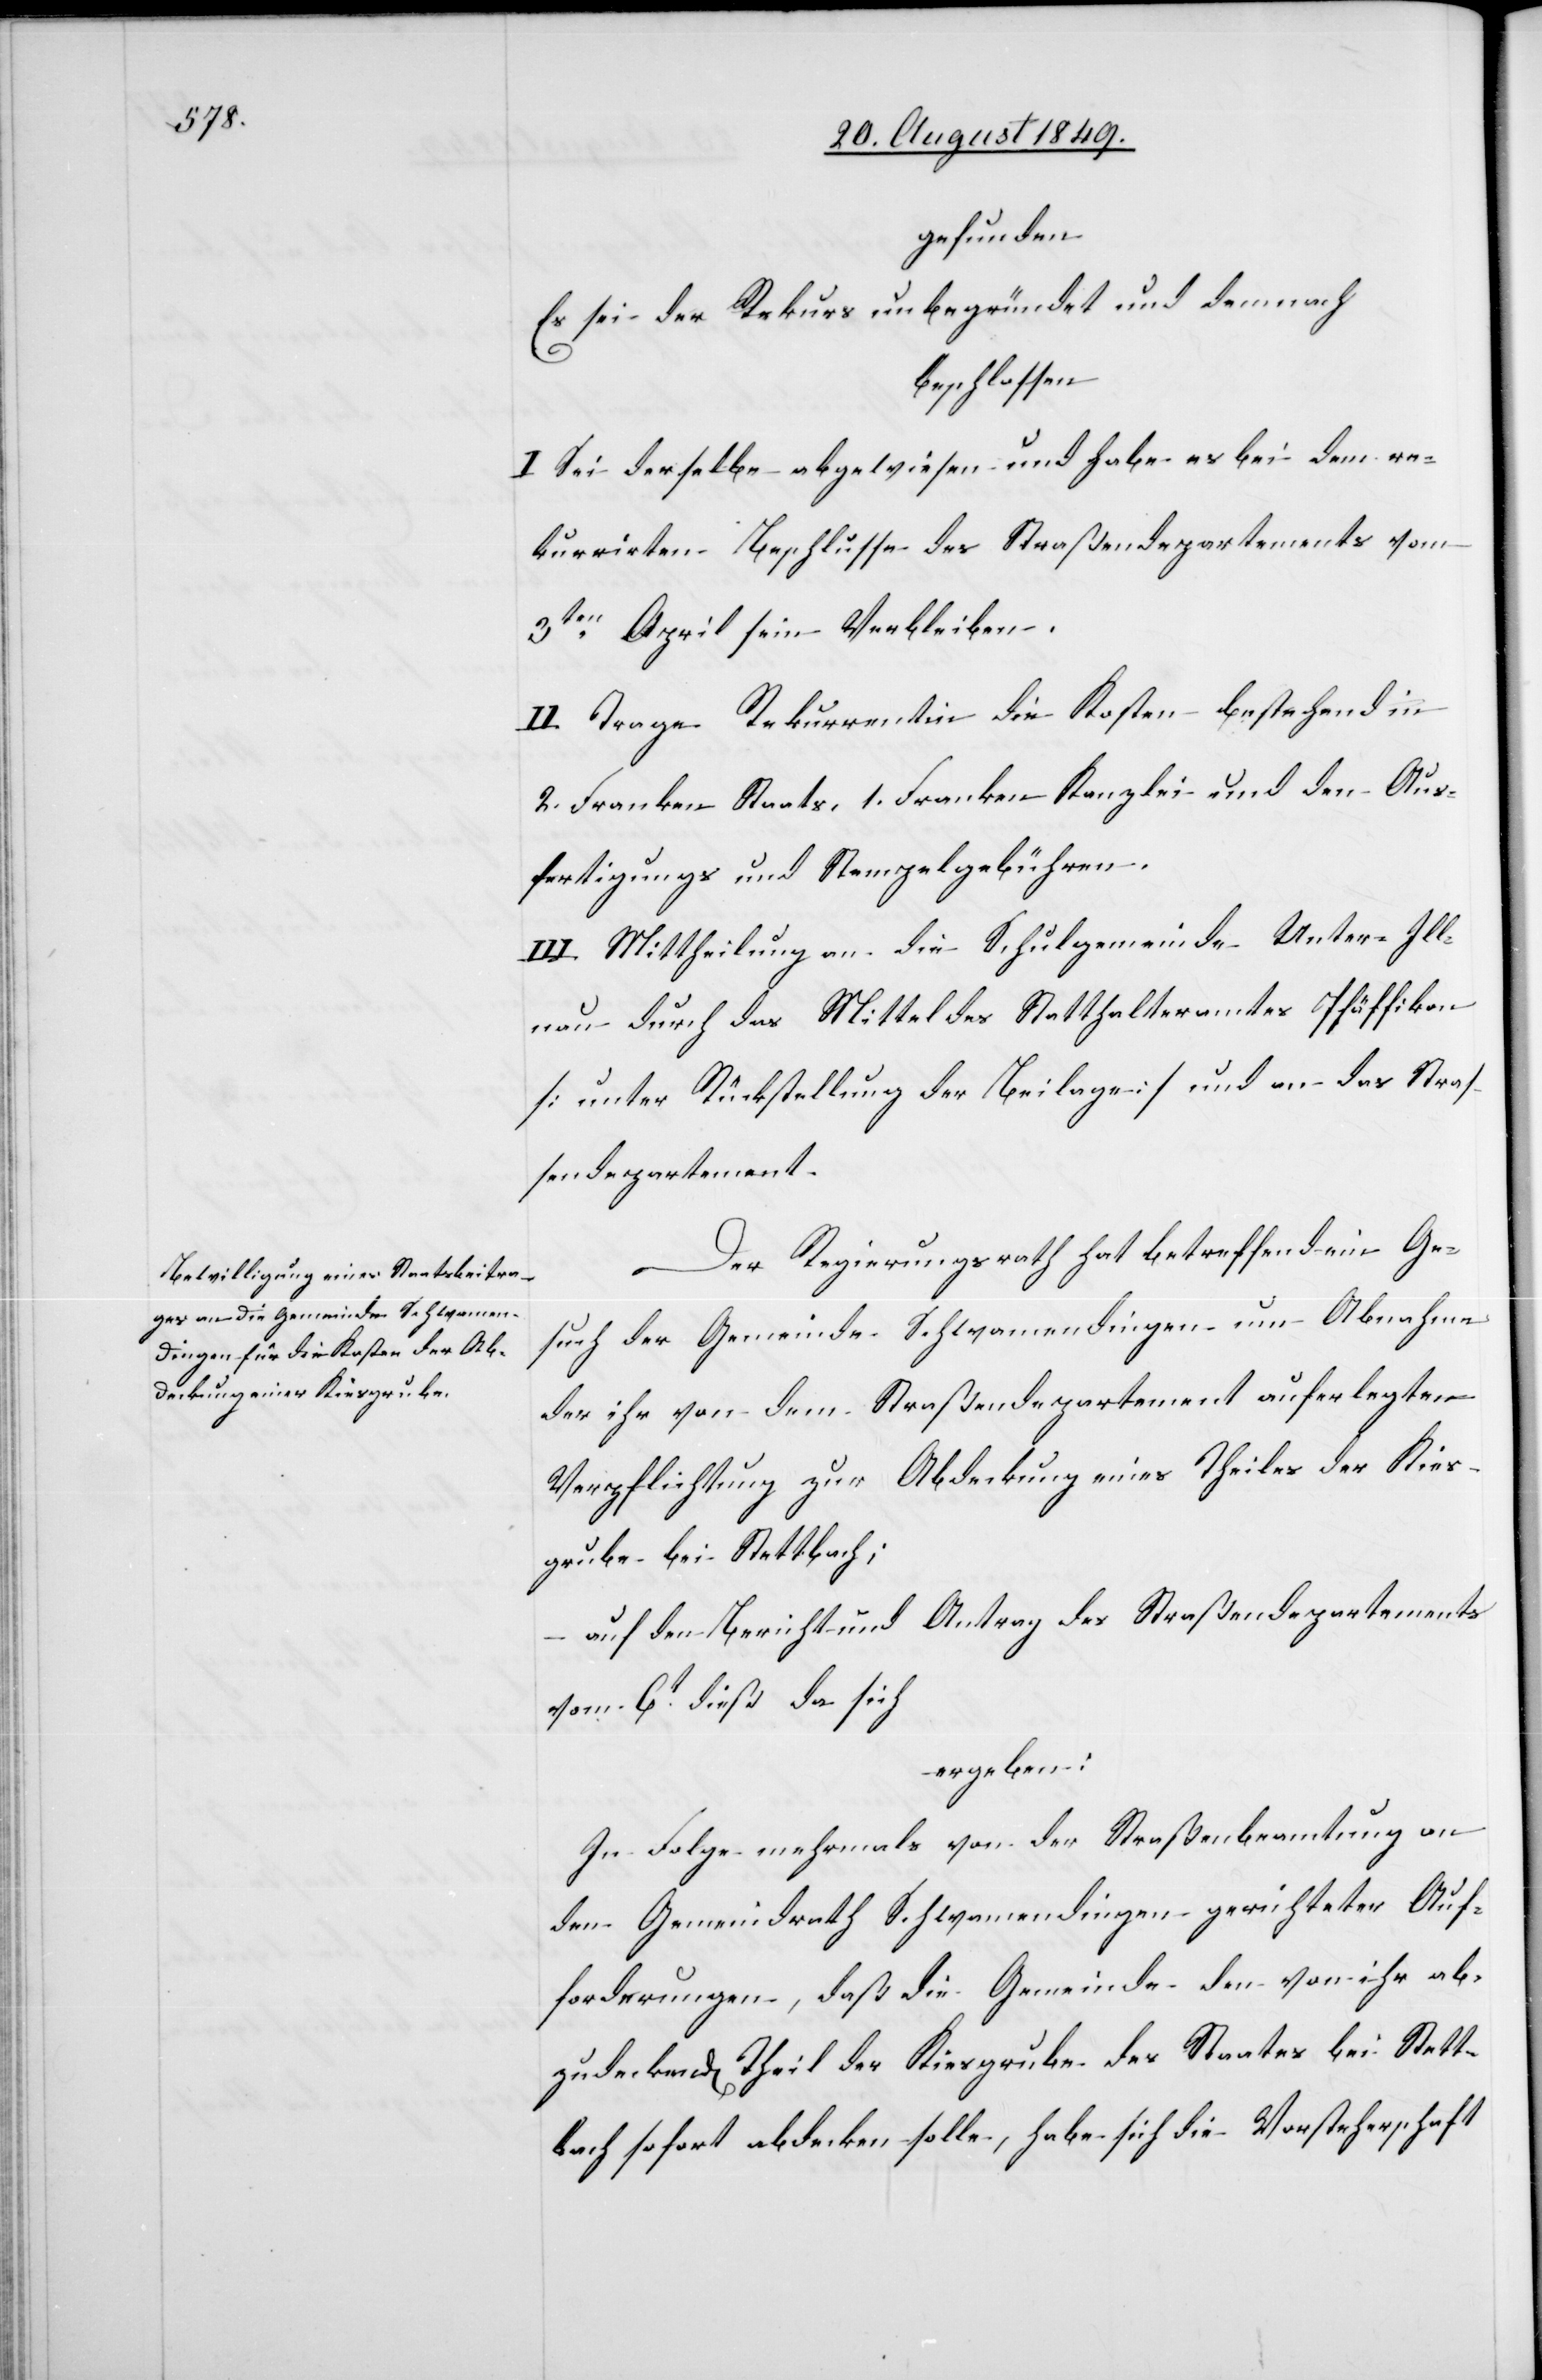
gefunden
Es sei der Rekurs unbegründet und demnach
beschlossen:
I. Sei derselbe abgewiesen und habe es bei dem re¬
kurrirten Beschlusse des Straßendepartements vom
3ten April sein Verbleiben.
II. Trage Rekurrentin die Kosten bestehend in
2. Franken Staats[-], 1. Franken Kanzlei[-] und den Aus¬
fertigungs[-] und Stempelgebühren.
III. Mittheilung an die Schulgemeinde Unter-Ill¬
nau durch das Mittel des Statthalteramtes Pfäffikon
[unter Rückstellung der Beilage] und an das Stras¬
sendepartement.
Der Regierungsrath hat betreffend ein Ge¬
such der Gemeinde Schwamendingen um Abnahme
der ihr von dem Straßendepartement auferlegten
Verpflichtung zur Abdeckung eines Theiles der Kies¬
grube bei Stettbach;
auf den Bericht und Antrag des Straßendepartements
vom 6t dieß da sich
ergeben:
den Gemeindrath Schwamendingen gerichteter Auf¬
forderungen, daß die Gemeinde den von ihr ab¬
zudeckend[en] Theil der Kiesgrube des Staates bei Stett¬
bach sofort abdecken solle, habe sich die Vorsteherschaft